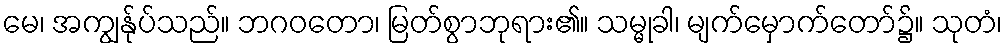
မေ၊ အကျွန်ုပ်သည်။ ဘဂဝတော၊ မြတ်စွာဘုရား၏။ သမ္မုခါ၊ မျက်မှောက်တော်၌။ သုတံ၊